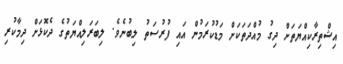
އިޝްތިރާކިއްޔަތަށް ދިގު މުއްދަތަކަށް މަޑުކުރަމުން އައި ފުރުސަތު ލިބުނެވެ. ލިބަރަލިއްޔަތުގެ ދެކޮޅަށް ދިމާކުރި